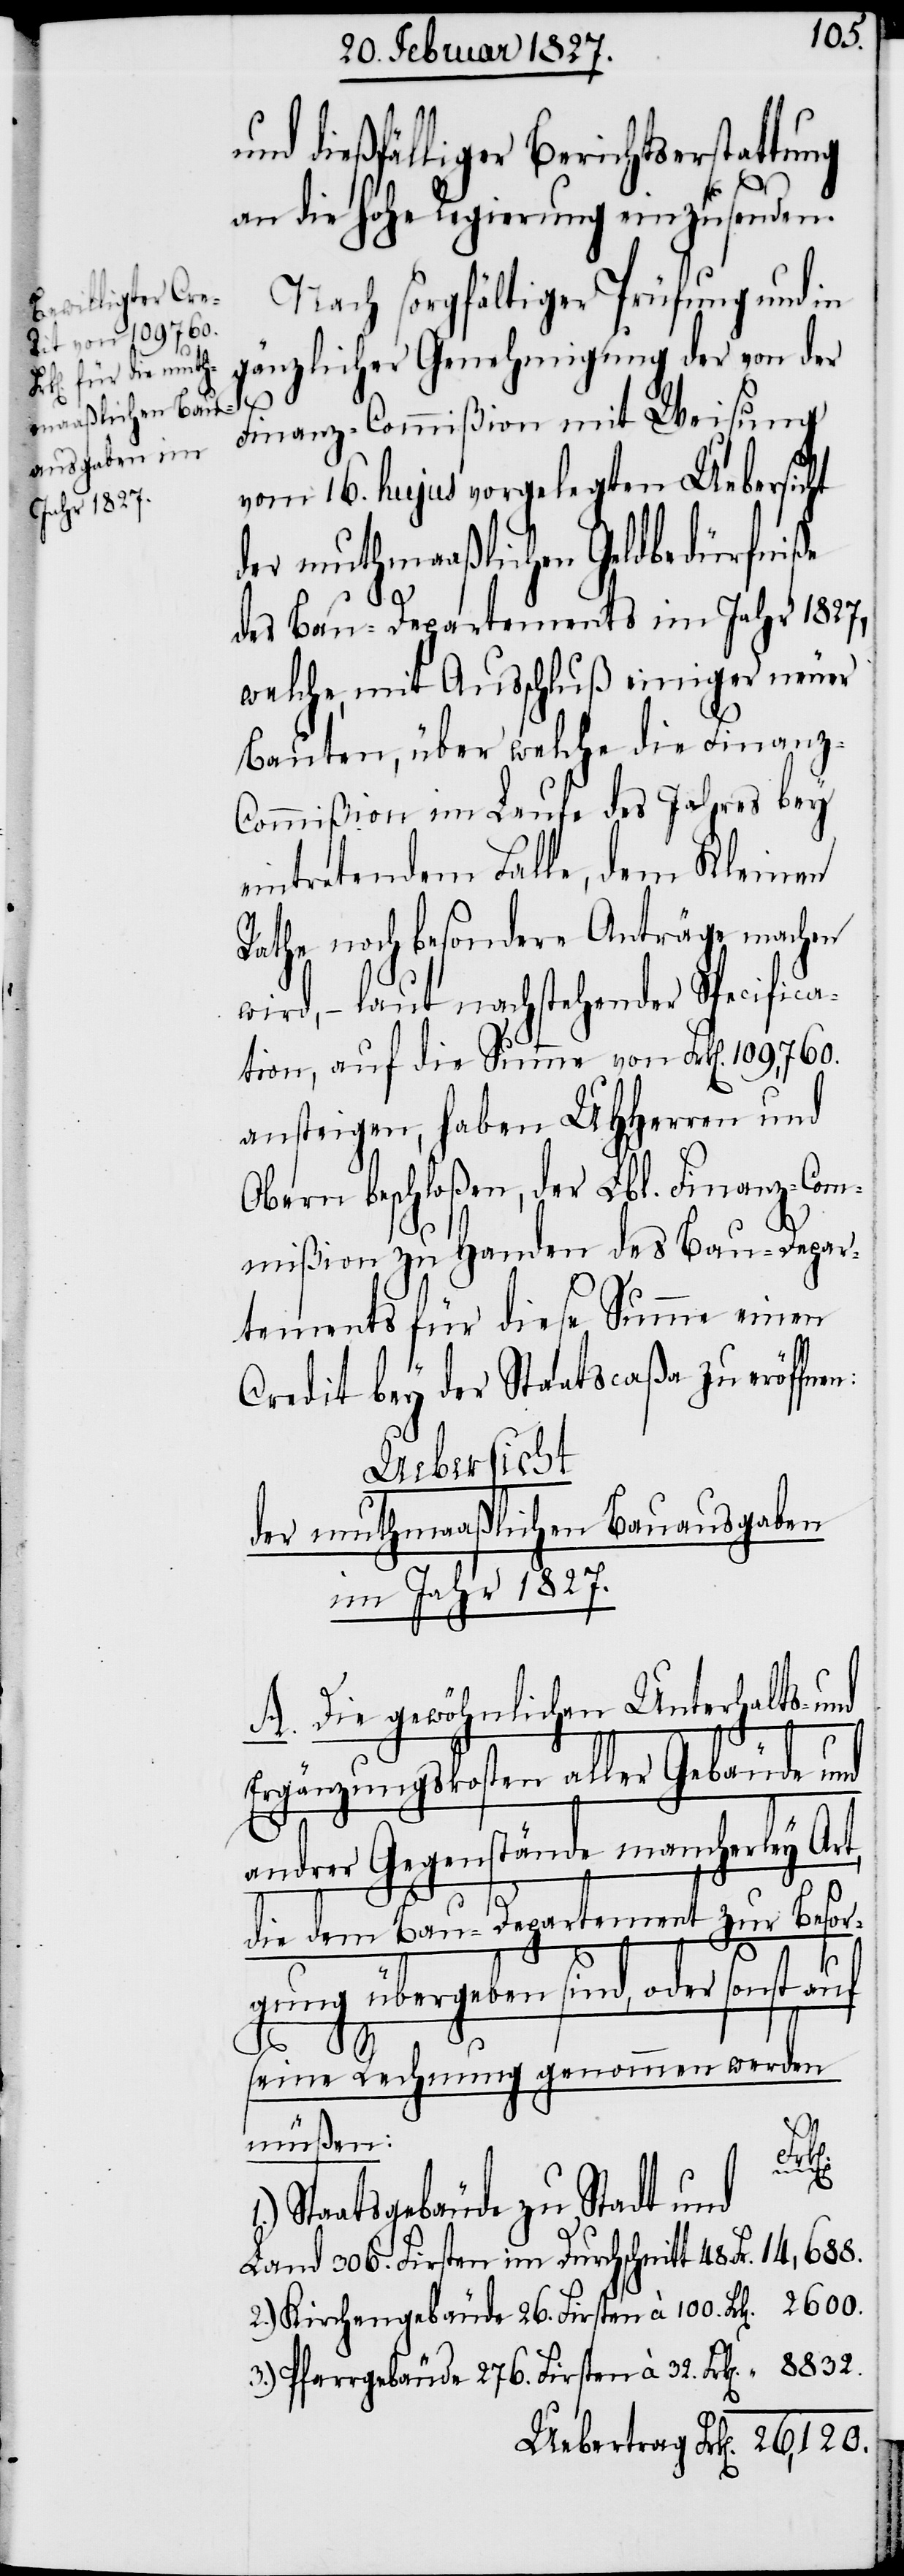
8832.
dießfälliger Berichtserstattung
an die hohe Regierung einzusenden.
Nach sorgfältiger Prüfung und in
gänzlicher Genehmigung der von der
Finanz-Commißion mit Weisung
vom 16. hujus vorgelegten Uebersicht
der muthmaßlichen Geldbedürfniße
des Bau-Departements im Jahr 1827,
welche, mit Ausschluß einiger neuer
Bauten, über welche die Finanz-C¬
ommißion im Laufe des Jahres bey
eintretendem Falle, dem Kleinen
Rathe noch besondere Anträge machen
wird, – laut nachstehender Specifica¬
tion, auf die Summe von Frk[en]. 109,760.
ansteigen, haben UHHerren und
Obern beschloßen, der Lbl. Finanz-Com¬
mißion zu Handen des Bau-Depar¬
tements für diese Summe einen
Credit bey der Staatscaßa zu eröffne¬
Uebersicht
der muthmaßlichen Bauausgaben
im Jahr 1827.
A. Die gewöhnlichen Unterhalts- und
Ergänzungskosten aller Gebäude und
andrer Gegenstände mancherley Art,
die dem Bau-Departement zur Besor¬
gung übergeben sind, oder sonst
n:
seine Rechnung genommen werden
müßen:
1.)
Staatsgebäude zu Stadt und
Land 306. Firsten im Durchschnitt 48. Fr.
2.) Kirchengebäude 26. Firsten à 100 Frk[en].
3.) Pfarrgebäude 276. Firsten à 32. Frk[en].
Uebertrag Frk[en].